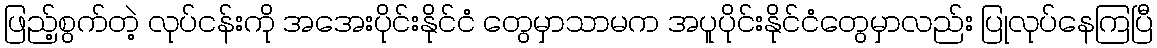
ဖြည့်စွက်တဲ့ လုပ်ငန်းကို အအေးပိုင်းနိုင်ငံ တွေမှာသာမက အပူပိုင်းနိုင်ငံတွေမှာလည်း ပြုလုပ်နေကြပြီ